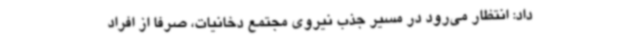
داد: انتظار می‌رود در مسیر جذب نیروی مجتمع دخانیات، صرفاً از افراد